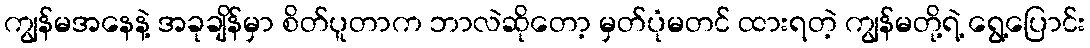
ကျွန်မအနေနဲ့ အခုချိန်မှာ စိတ်ပူတာက ဘာလဲဆိုတော့ မှတ်ပုံမတင် ထားရတဲ့ ကျွန်မတို့ရဲ့ ရွေ့ပြောင်း